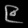
Digit: ၉